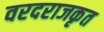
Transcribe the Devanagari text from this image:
वरदराजकृत